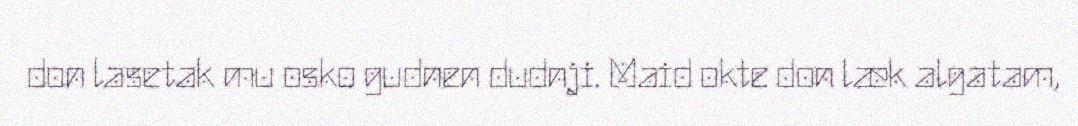
don lasetak mu osko gudnen dudnji. Maid okte don læk algatam,